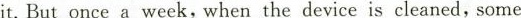
it.But once a week, when the device is cleaned,some